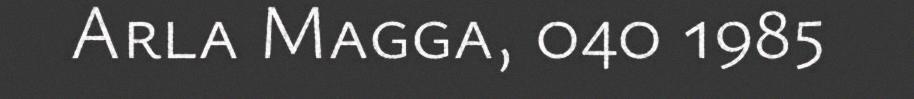
Arla Magga, 040 1985